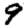
Digit: 9